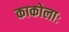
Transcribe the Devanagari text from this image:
काकोलाः